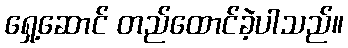
ရှေ့ဆောင် တည်ထောင်ခဲ့ပါသည်။